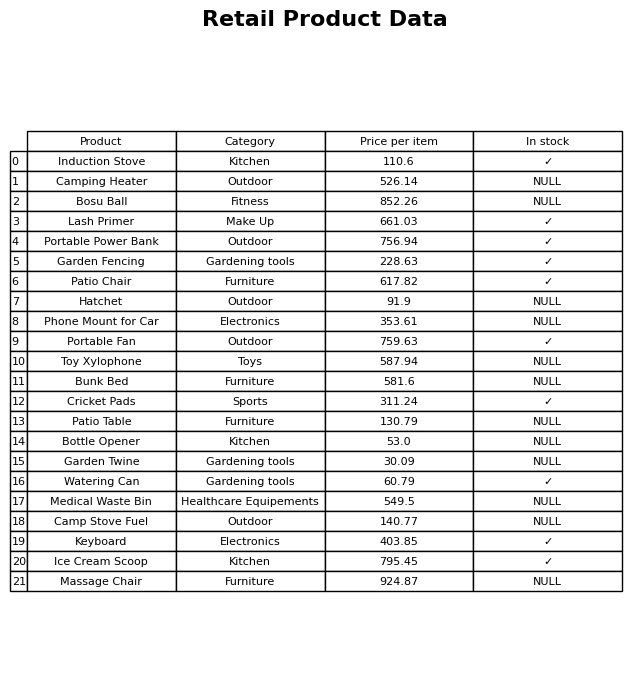
question: What is the price of the Keyboard?
answer: The price of Keyboard is 403.85.